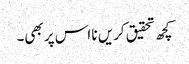
کچھ تحقیق کریں نا اس پر بھی۔